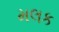
મલક